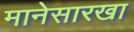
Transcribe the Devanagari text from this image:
मानेसारखा